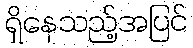
ရှိနေသည့်အပြင်